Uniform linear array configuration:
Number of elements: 32
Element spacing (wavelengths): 0.75
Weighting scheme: kaiser
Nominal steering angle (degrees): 30
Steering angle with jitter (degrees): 29.683
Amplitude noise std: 0.05
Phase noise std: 0.05

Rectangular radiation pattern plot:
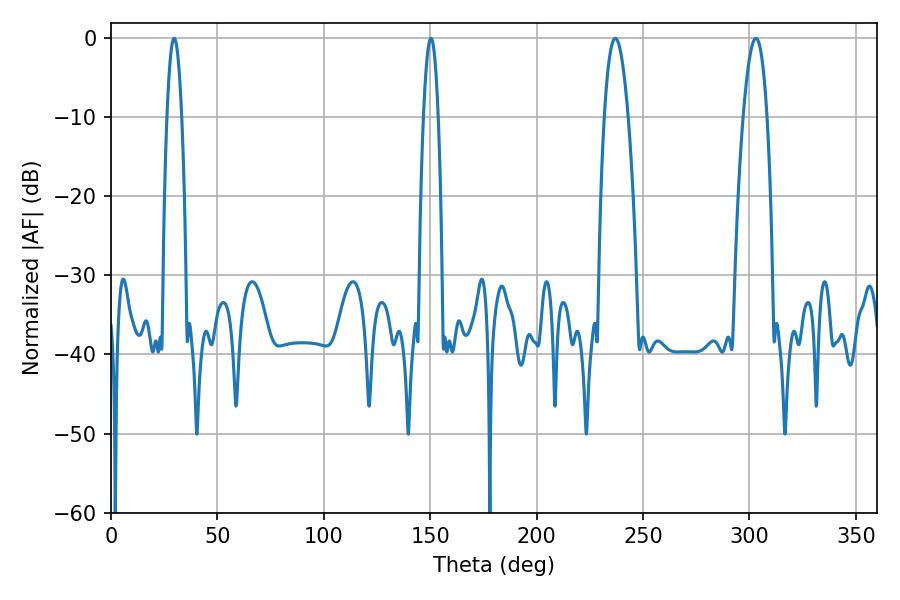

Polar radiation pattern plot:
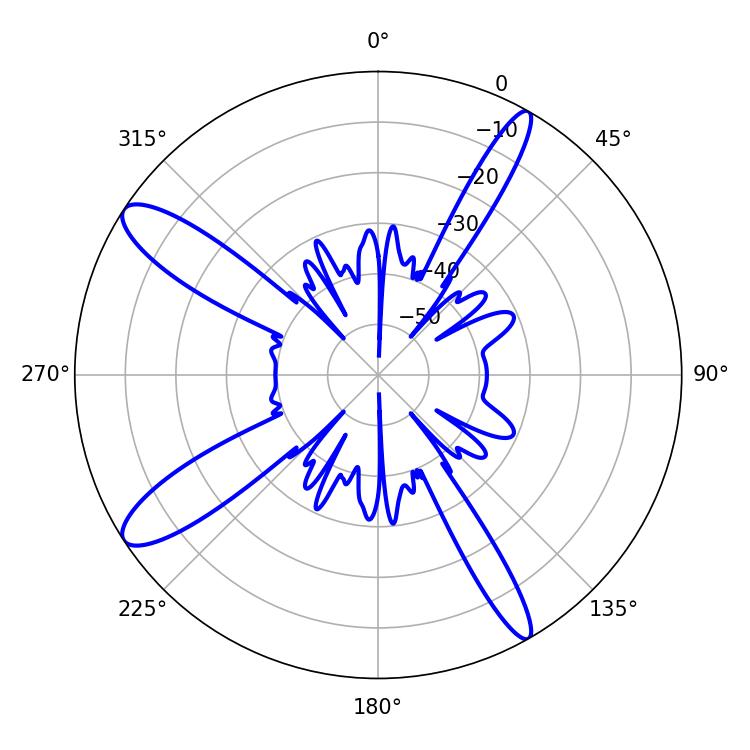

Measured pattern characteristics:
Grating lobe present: TRUE
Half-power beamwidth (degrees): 3.78
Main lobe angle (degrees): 29.7